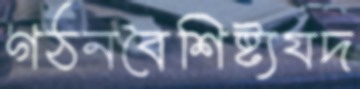
গঠনবৈশিষ্ট্যযদ